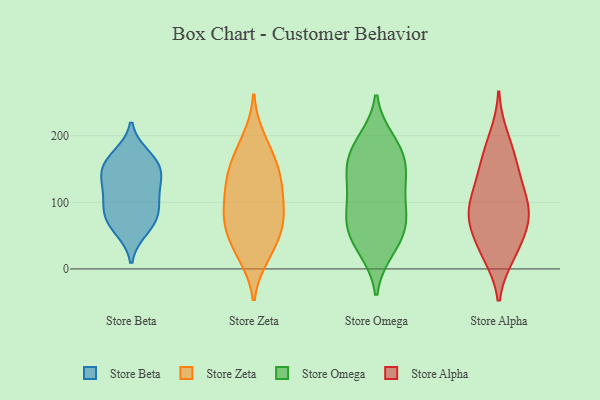
{"axis": {"x": "Temperature (°C)", "y": "Value"}, "legend": ["Store Alpha", "Store Beta", "Store Omega", "Store Zeta"], "data": [{"x": "", "y": 157, "type": "Store Beta"}, {"x": "", "y": 59, "type": "Store Beta"}, {"x": "", "y": 79, "type": "Store Beta"}, {"x": "", "y": 67, "type": "Store Beta"}, {"x": "", "y": 133, "type": "Store Beta"}, {"x": "", "y": 127, "type": "Store Beta"}, {"x": "", "y": 96, "type": "Store Beta"}, {"x": "", "y": 114, "type": "Store Beta"}, {"x": "", "y": 149, "type": "Store Beta"}, {"x": "", "y": 87, "type": "Store Beta"}, {"x": "", "y": 170, "type": "Store Beta"}, {"x": "", "y": 160, "type": "Store Beta"}, {"x": "", "y": 22, "type": "Store Zeta"}, {"x": "", "y": 65, "type": "Store Zeta"}, {"x": "", "y": 155, "type": "Store Zeta"}, {"x": "", "y": 74, "type": "Store Zeta"}, {"x": "", "y": 130, "type": "Store Zeta"}, {"x": "", "y": 196, "type": "Store Zeta"}, {"x": "", "y": 19, "type": "Store Zeta"}, {"x": "", "y": 142, "type": "Store Zeta"}, {"x": "", "y": 113, "type": "Store Zeta"}, {"x": "", "y": 80, "type": "Store Zeta"}, {"x": "", "y": 60, "type": "Store Zeta"}, {"x": "", "y": 42, "type": "Store Zeta"}, {"x": "", "y": 87, "type": "Store Zeta"}, {"x": "", "y": 148, "type": "Store Zeta"}, {"x": "", "y": 111, "type": "Store Zeta"}, {"x": "", "y": 180, "type": "Store Zeta"}, {"x": "", "y": 182, "type": "Store Omega"}, {"x": "", "y": 61, "type": "Store Omega"}, {"x": "", "y": 58, "type": "Store Omega"}, {"x": "", "y": 188, "type": "Store Omega"}, {"x": "", "y": 157, "type": "Store Omega"}, {"x": "", "y": 110, "type": "Store Omega"}, {"x": "", "y": 194, "type": "Store Omega"}, {"x": "", "y": 146, "type": "Store Omega"}, {"x": "", "y": 136, "type": "Store Omega"}, {"x": "", "y": 90, "type": "Store Omega"}, {"x": "", "y": 87, "type": "Store Omega"}, {"x": "", "y": 29, "type": "Store Omega"}, {"x": "", "y": 54, "type": "Store Omega"}, {"x": "", "y": 79, "type": "Store Omega"}, {"x": "", "y": 162, "type": "Store Omega"}, {"x": "", "y": 28, "type": "Store Omega"}, {"x": "", "y": 133, "type": "Store Omega"}, {"x": "", "y": 75, "type": "Store Alpha"}, {"x": "", "y": 84, "type": "Store Alpha"}, {"x": "", "y": 122, "type": "Store Alpha"}, {"x": "", "y": 71, "type": "Store Alpha"}, {"x": "", "y": 176, "type": "Store Alpha"}, {"x": "", "y": 97, "type": "Store Alpha"}, {"x": "", "y": 21, "type": "Store Alpha"}, {"x": "", "y": 150, "type": "Store Alpha"}, {"x": "", "y": 59, "type": "Store Alpha"}, {"x": "", "y": 152, "type": "Store Alpha"}, {"x": "", "y": 199, "type": "Store Alpha"}, {"x": "", "y": 36, "type": "Store Alpha"}, {"x": "", "y": 20, "type": "Store Alpha"}, {"x": "", "y": 114, "type": "Store Alpha"}, {"x": "", "y": 86, "type": "Store Alpha"}]}